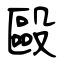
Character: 毆